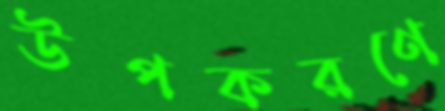
উপকরণে